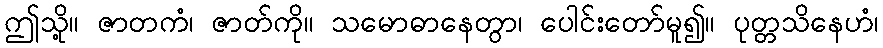
ဤသို့။ ဇာတကံ၊ ဇာတ်ကို။ သမောဓာနေတွာ၊ ပေါင်းတော်မူ၍။ ပုတ္တသိနေဟံ၊